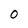
Character: O